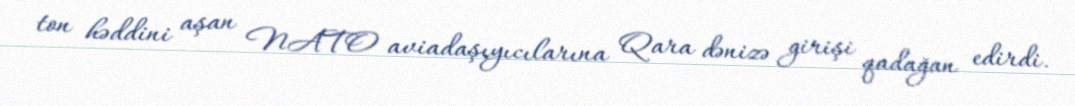
ton həddini aşan NATO aviadaşıyıcılarına Qara dənizə girişi qadağan edirdi.